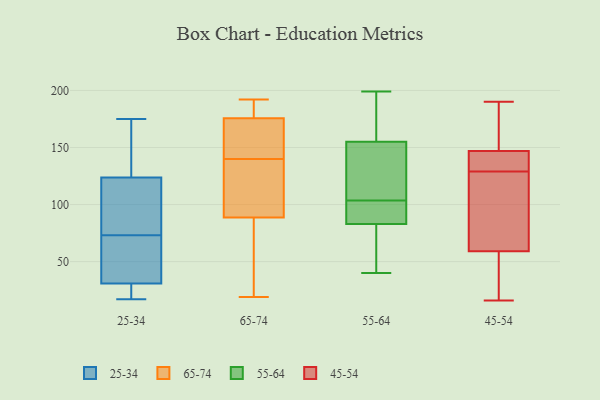
{"axis": {"x": "Population (Million)", "y": "Value"}, "legend": ["25-34", "45-54", "55-64", "65-74"], "data": [{"x": "", "y": 136, "type": "25-34"}, {"x": "", "y": 17, "type": "25-34"}, {"x": "", "y": 104, "type": "25-34"}, {"x": "", "y": 73, "type": "25-34"}, {"x": "", "y": 41, "type": "25-34"}, {"x": "", "y": 121, "type": "25-34"}, {"x": "", "y": 37, "type": "25-34"}, {"x": "", "y": 34, "type": "25-34"}, {"x": "", "y": 118, "type": "25-34"}, {"x": "", "y": 175, "type": "25-34"}, {"x": "", "y": 86, "type": "25-34"}, {"x": "", "y": 167, "type": "25-34"}, {"x": "", "y": 132, "type": "25-34"}, {"x": "", "y": 58, "type": "25-34"}, {"x": "", "y": 19, "type": "25-34"}, {"x": "", "y": 21, "type": "25-34"}, {"x": "", "y": 21, "type": "25-34"}, {"x": "", "y": 147, "type": "65-74"}, {"x": "", "y": 145, "type": "65-74"}, {"x": "", "y": 74, "type": "65-74"}, {"x": "", "y": 19, "type": "65-74"}, {"x": "", "y": 76, "type": "65-74"}, {"x": "", "y": 181, "type": "65-74"}, {"x": "", "y": 128, "type": "65-74"}, {"x": "", "y": 118, "type": "65-74"}, {"x": "", "y": 93, "type": "65-74"}, {"x": "", "y": 140, "type": "65-74"}, {"x": "", "y": 60, "type": "65-74"}, {"x": "", "y": 191, "type": "65-74"}, {"x": "", "y": 192, "type": "65-74"}, {"x": "", "y": 167, "type": "65-74"}, {"x": "", "y": 181, "type": "65-74"}, {"x": "", "y": 123, "type": "65-74"}, {"x": "", "y": 174, "type": "65-74"}, {"x": "", "y": 131, "type": "55-64"}, {"x": "", "y": 190, "type": "55-64"}, {"x": "", "y": 190, "type": "55-64"}, {"x": "", "y": 40, "type": "55-64"}, {"x": "", "y": 46, "type": "55-64"}, {"x": "", "y": 199, "type": "55-64"}, {"x": "", "y": 99, "type": "55-64"}, {"x": "", "y": 87, "type": "55-64"}, {"x": "", "y": 77, "type": "55-64"}, {"x": "", "y": 150, "type": "55-64"}, {"x": "", "y": 41, "type": "55-64"}, {"x": "", "y": 170, "type": "55-64"}, {"x": "", "y": 141, "type": "55-64"}, {"x": "", "y": 83, "type": "55-64"}, {"x": "", "y": 107, "type": "55-64"}, {"x": "", "y": 155, "type": "55-64"}, {"x": "", "y": 97, "type": "55-64"}, {"x": "", "y": 100, "type": "55-64"}, {"x": "", "y": 16, "type": "45-54"}, {"x": "", "y": 48, "type": "45-54"}, {"x": "", "y": 132, "type": "45-54"}, {"x": "", "y": 54, "type": "45-54"}, {"x": "", "y": 138, "type": "45-54"}, {"x": "", "y": 163, "type": "45-54"}, {"x": "", "y": 74, "type": "45-54"}, {"x": "", "y": 119, "type": "45-54"}, {"x": "", "y": 16, "type": "45-54"}, {"x": "", "y": 129, "type": "45-54"}, {"x": "", "y": 177, "type": "45-54"}, {"x": "", "y": 98, "type": "45-54"}, {"x": "", "y": 133, "type": "45-54"}, {"x": "", "y": 190, "type": "45-54"}, {"x": "", "y": 150, "type": "45-54"}]}